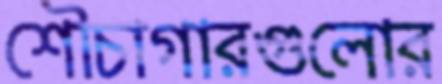
শৌচাগারগুলোর